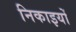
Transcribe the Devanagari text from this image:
निकाइयों